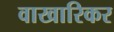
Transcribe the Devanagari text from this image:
वाखारिकर